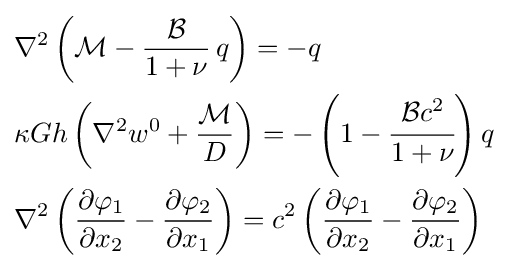
{\begin{aligned}&\nabla ^{2}\left({\mathcal {M}}-{\frac {\mathcal {B}}{1+\nu }}\,q\right)=-q\\&\kappa Gh\left(\nabla ^{2}w^{0}+{\frac {\mathcal {M}}{D}}\right)=-\left(1-{\cfrac {{\mathcal {B}}c^{2}}{1+\nu }}\right)q\\&\nabla ^{2}\left({\frac {\partial \varphi _{1}}{\partial x_{2}}}-{\frac {\partial \varphi _{2}}{\partial x_{1}}}\right)=c^{2}\left({\frac {\partial \varphi _{1}}{\partial x_{2}}}-{\frac {\partial \varphi _{2}}{\partial x_{1}}}\right)\end{aligned}}